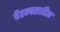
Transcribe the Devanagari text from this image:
चैतन्यसाहित्य